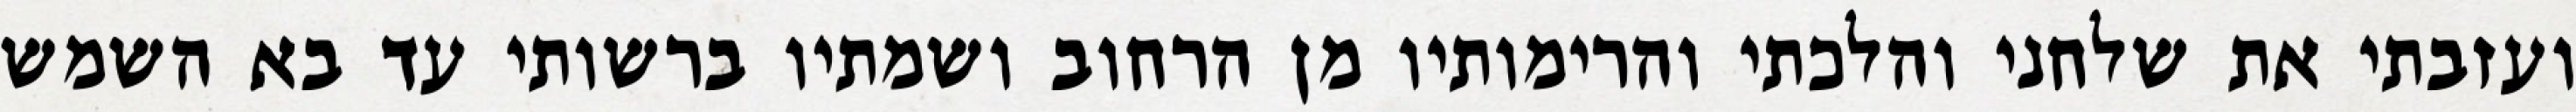
ועזבתי את שלחני והלכתי והרימותיו מן הרחוב ושמתיו ברשותי עד בא השמש